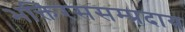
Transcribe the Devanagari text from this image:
भक्तिरससम्प्रदाय